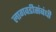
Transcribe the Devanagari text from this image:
लागवडीसंबंधी